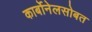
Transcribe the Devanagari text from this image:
कार्बोनेलसोबत